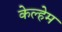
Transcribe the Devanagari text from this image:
केल्हेम